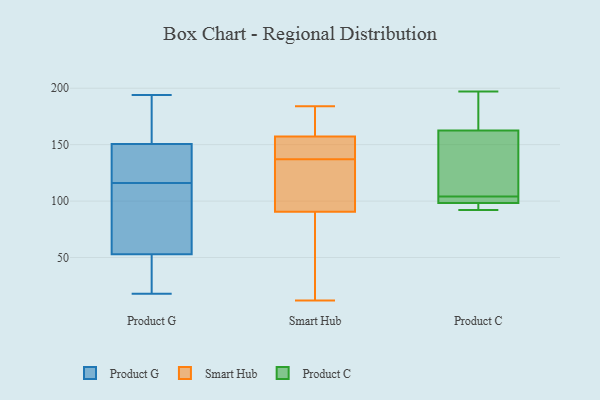
{"axis": {"x": "Customer Acquisition Cost (USD)", "y": "Value"}, "legend": ["Product C", "Product G", "Smart Hub"], "data": [{"x": "", "y": 169, "type": "Product G"}, {"x": "", "y": 151, "type": "Product G"}, {"x": "", "y": 18, "type": "Product G"}, {"x": "", "y": 68, "type": "Product G"}, {"x": "", "y": 18, "type": "Product G"}, {"x": "", "y": 116, "type": "Product G"}, {"x": "", "y": 146, "type": "Product G"}, {"x": "", "y": 149, "type": "Product G"}, {"x": "", "y": 40, "type": "Product G"}, {"x": "", "y": 78, "type": "Product G"}, {"x": "", "y": 131, "type": "Product G"}, {"x": "", "y": 183, "type": "Product G"}, {"x": "", "y": 102, "type": "Product G"}, {"x": "", "y": 194, "type": "Product G"}, {"x": "", "y": 48, "type": "Product G"}, {"x": "", "y": 177, "type": "Smart Hub"}, {"x": "", "y": 81, "type": "Smart Hub"}, {"x": "", "y": 140, "type": "Smart Hub"}, {"x": "", "y": 184, "type": "Smart Hub"}, {"x": "", "y": 180, "type": "Smart Hub"}, {"x": "", "y": 80, "type": "Smart Hub"}, {"x": "", "y": 129, "type": "Smart Hub"}, {"x": "", "y": 128, "type": "Smart Hub"}, {"x": "", "y": 149, "type": "Smart Hub"}, {"x": "", "y": 92, "type": "Smart Hub"}, {"x": "", "y": 155, "type": "Smart Hub"}, {"x": "", "y": 104, "type": "Smart Hub"}, {"x": "", "y": 12, "type": "Smart Hub"}, {"x": "", "y": 20, "type": "Smart Hub"}, {"x": "", "y": 141, "type": "Smart Hub"}, {"x": "", "y": 90, "type": "Smart Hub"}, {"x": "", "y": 137, "type": "Smart Hub"}, {"x": "", "y": 158, "type": "Smart Hub"}, {"x": "", "y": 159, "type": "Smart Hub"}, {"x": "", "y": 166, "type": "Product C"}, {"x": "", "y": 104, "type": "Product C"}, {"x": "", "y": 98, "type": "Product C"}, {"x": "", "y": 152, "type": "Product C"}, {"x": "", "y": 100, "type": "Product C"}, {"x": "", "y": 190, "type": "Product C"}, {"x": "", "y": 92, "type": "Product C"}, {"x": "", "y": 95, "type": "Product C"}, {"x": "", "y": 99, "type": "Product C"}, {"x": "", "y": 144, "type": "Product C"}, {"x": "", "y": 197, "type": "Product C"}]}